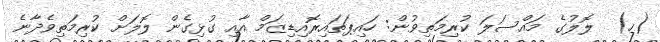
(ހ)  ލޮލުގެ މައްސަލަ ކުރިމަތިވުން: ހައިޕަތައިރޮއިޑިޒަމް އާއި ގުޅިގެން ލޮލަށް ކުރިމަތިވެދާނެ